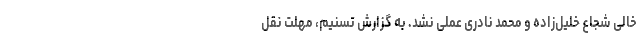
خالی شجاع خلیل‌زاده و محمد نادری عملی نشد. به گزارش تسنیم، مهلت نقل